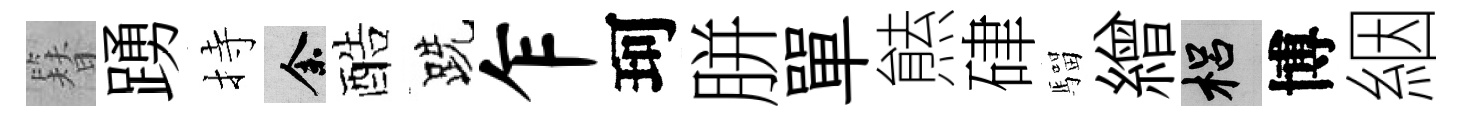
簪踴持余酷跣乍珂胼單㷱硉騮繒梠博絪